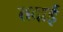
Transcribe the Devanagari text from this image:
तदाई